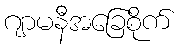
ဂျာမနီအခြေစိုက်